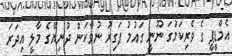
އެމްޑީޕީ ގެ ވެރިކަމަުގަ ނޫނީ ގައުމު ފަގިރު ނުވާކަން ދުނިޔޭގެ މާލީ އިދަރަ